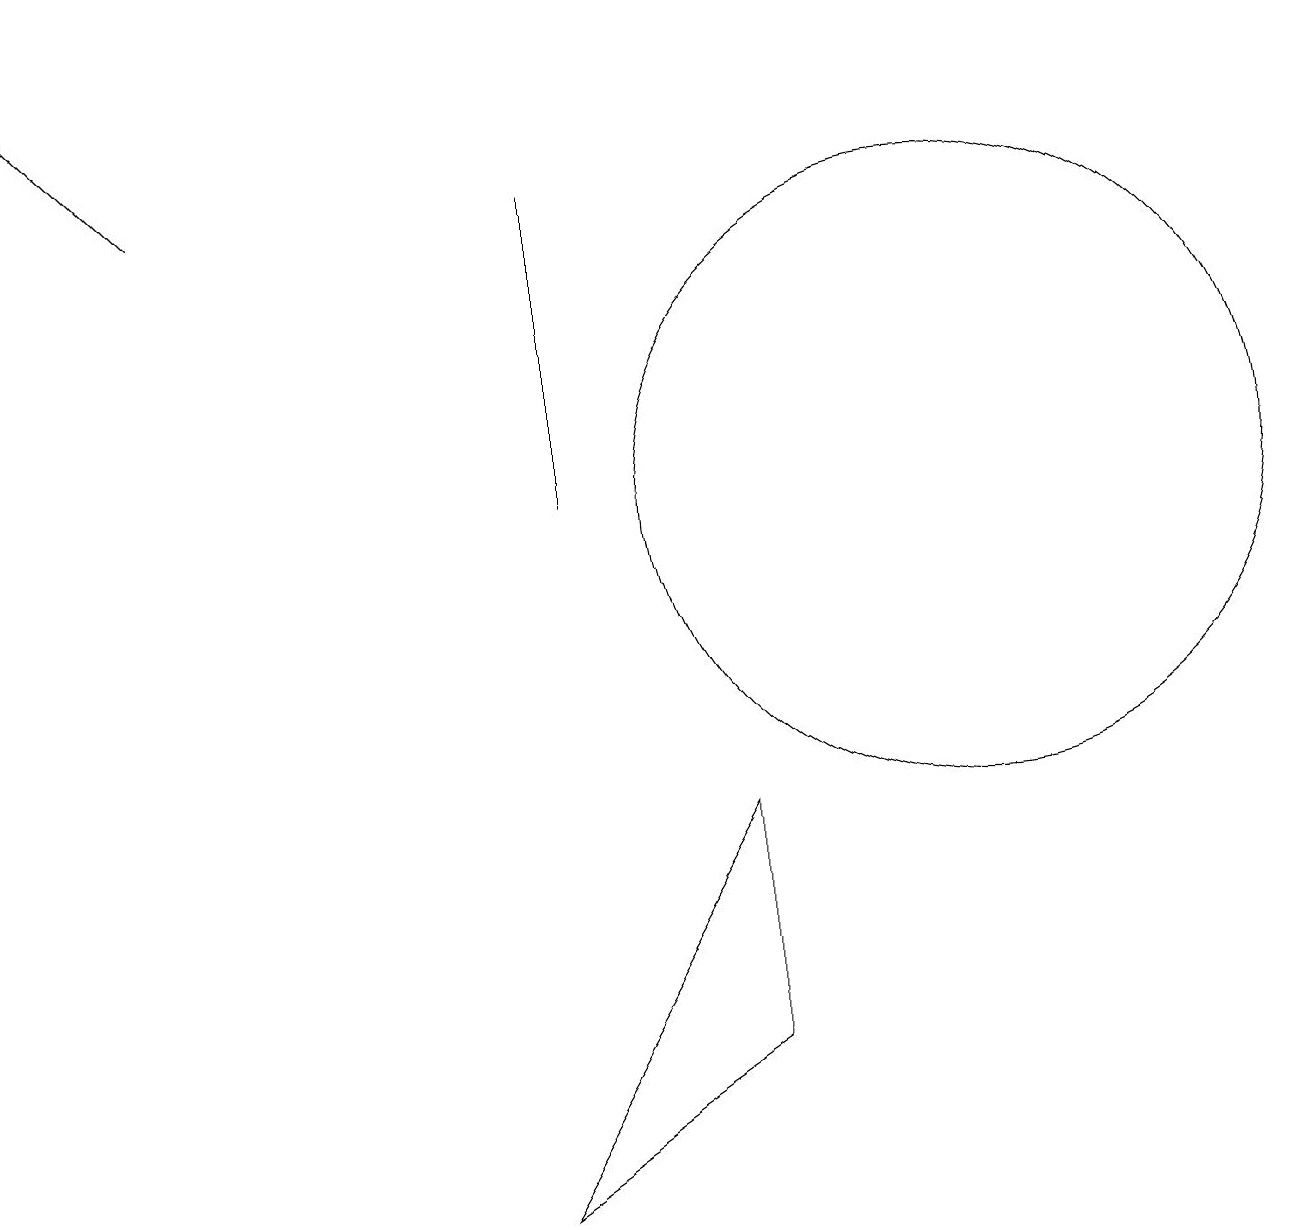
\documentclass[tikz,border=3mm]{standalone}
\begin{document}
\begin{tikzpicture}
\draw[->] (2,14) -- (0,16);
\draw (12,10) circle (4);
\draw (7,10) rectangle (7,14);
\draw (9,3) -- (6,1) -- (9,6) -- cycle;
\draw (9,15) rectangle (9,15);
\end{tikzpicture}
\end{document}